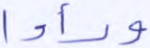
ورأوا